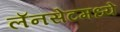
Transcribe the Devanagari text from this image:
लॅनसेटमध्ये